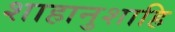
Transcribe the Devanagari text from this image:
शाहानुशाहि